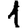
Digit: 1